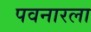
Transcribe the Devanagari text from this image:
पवनारला